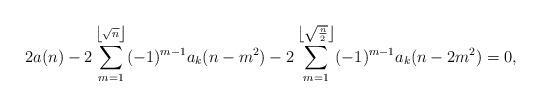
LaTeX: \begin{align*}2a(n) - 2\sum_{m= 1}^{\left\lfloor \sqrt{n}\right\rfloor} (-1)^{m-1} a_k(n-m^2) - 2\sum_{m= 1}^{\left\lfloor \sqrt{\frac{n}{2}}\right\rfloor} (-1)^{m-1} a_k(n-2m^2) = 0,\end{align*}